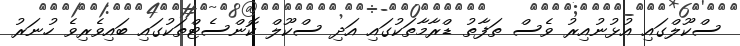
ސްކޫލްގައި އުޅުނުއިރު ވެސް ތަފާތު ޑްރާމާތަކުގައި އަދި ސްކޫލް ކޮންސެޓްތަކުގައި ބައިވެރިވެ ހުނަރު